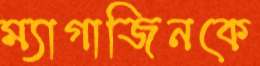
ম্যাগাজিনকে